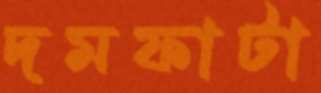
দমফাটা